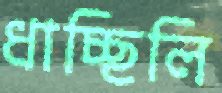
ধাচ্ছিলি